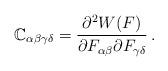
LaTeX: \begin{align*}\mathbb{C}_{\alpha\beta\gamma\delta}=\frac{\partial^2 W(F)}{\partial F_{\alpha\beta}\partial F_{\gamma\delta}}\,.\end{align*}